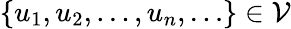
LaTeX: \left\{ u_{1},u_{2},\ldots,u_{n},\ldots\right\} \in{\mathcal{V}}